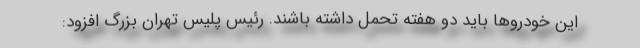
این خودروها باید دو هفته تحمل داشته باشند. رئیس پلیس تهران بزرگ افزود: